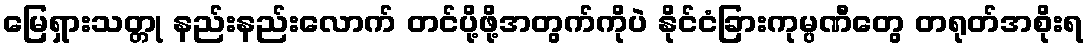
မြေရှားသတ္တု နည်းနည်းလောက် တင်ပို့ဖို့အတွက်ကိုပဲ နိုင်ငံခြားကုမ္ပဏီတွေ တရုတ်အစိုးရ